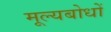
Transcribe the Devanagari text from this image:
मूल्यबोधों